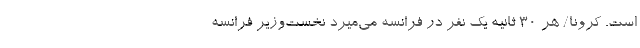
است. کرونا/ هر 30 ثانیه یک نفر در فرانسه می‌میرد نخست‌وزیر فرانسه